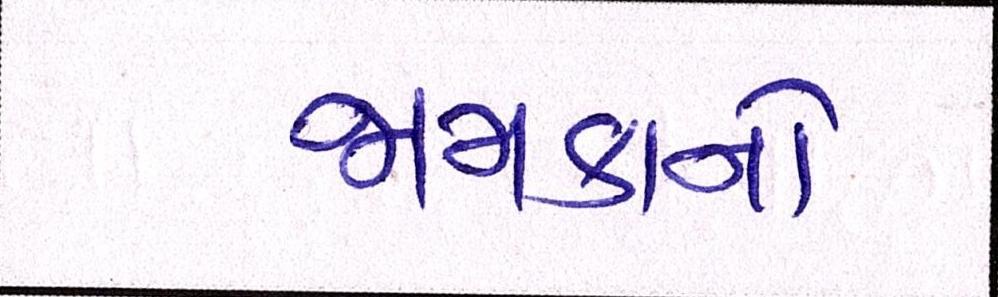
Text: જામકાનો